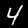
Label: 4